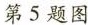
第5题图